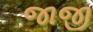
જાજી